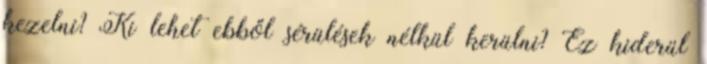
kezelni? Ki lehet ebből sérülések nélkül kerülni? Ez kiderül